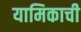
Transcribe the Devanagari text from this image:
यामिकाची